Vaccination North-Western Provinces 1866-1877 - 1866-1877
Year: 1866
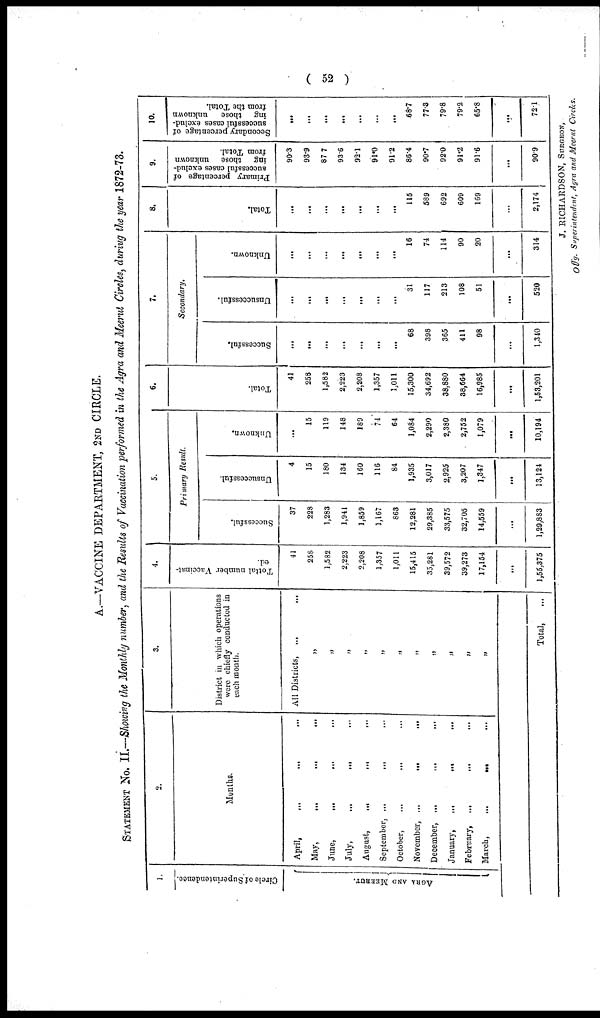
( 52 )
A.—VACCINE DEPARTMENT, 2ND CIRCLE.
STATEMENT No. II.— Showing the Monthly number, and the Results of Vaccination performed in the Agra and Meerut Circles, during the year 1872-73.
1.
Circle of Superintendence.
AGRA AND MEERUT.
2.
Months.
April,
...
...
...
May,
...
...
...
June, ... ... ...
July,
...
...
...
August,
...
...
...
September, ... ... ...
October,
...
...
...
November,
...
...
...
December,
...
...
...
January,
...
...
...
February,
...
...
...
March,
...
...
...
3.
District in which operations
were chiefly conducted in
each month.
All Districts,
...
...
„
„
„
„
„
„
„
„
„
„
„
Total, ...
4.
Tottal number Vaccinat-
ed.
41
258
1,582
2,223
2,208
1,357
1,011
15,415
35,281
39,572
39,273
17,154
...
1,55,375
5.
Primary Result.
Successful.
37
228
1,283
1,941
1,859
1,167
863
12,281
29,385
33,575
32,705
14,559
...
1,29,883
Unsuccessful.
4
15
180
134
160
116
84
1,935
3,017
2,925
3,207
1,347
...
13,124
Unknown.
...
15
119
148
189
74
64
1,084
2,290
2,380
2,752
1,079
...
10,194
6.
Total.
41
258
1,582
2,223
2,208
1,357
1,011
15,300
34,692
38,880
38,664
16,985
...
1,53,201
7.
Secondary.
Successful.
...
...
...
...
...
...
...
68
398
365
411
98
...
1,340
Unsuccessful.
...
...
...
...
...
...
...
31
117
213
108
51
...
520
Unknown.
...
...
...
...
...
...
...
16
74
114
90
20
...
314
8.
Total.
...
...
...
...
...
...
...
115
589
692
609
169
...
2,174
9.
Primary percentage of
successful cases exclud-
ing those
unknown
from Total.
90.3
93.9
87.7
93.6
92.1
91.0
91.2
86.4
90.7
92.0
91.2
91.6
...
90.9
10.
Secondary percentage of
successful cases exclud¬
ing those
unknown
from the Total.
...
...
...
...
...
...
...
68.7
77.3
79.8
79.2
65.8
...
72.1
J. RICHARDSON, SURGEON,
Offg. Superintendent, Agra and Meerut Circles.